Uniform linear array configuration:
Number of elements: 8
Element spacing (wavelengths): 0.75
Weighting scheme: hamming
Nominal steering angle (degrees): -15
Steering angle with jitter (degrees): -15.083
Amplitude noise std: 0.05
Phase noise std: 0.05

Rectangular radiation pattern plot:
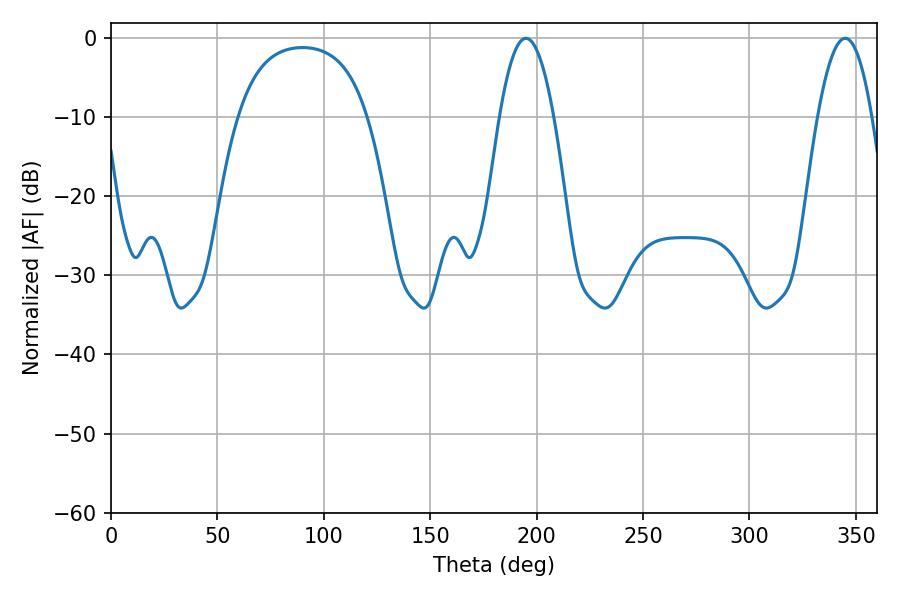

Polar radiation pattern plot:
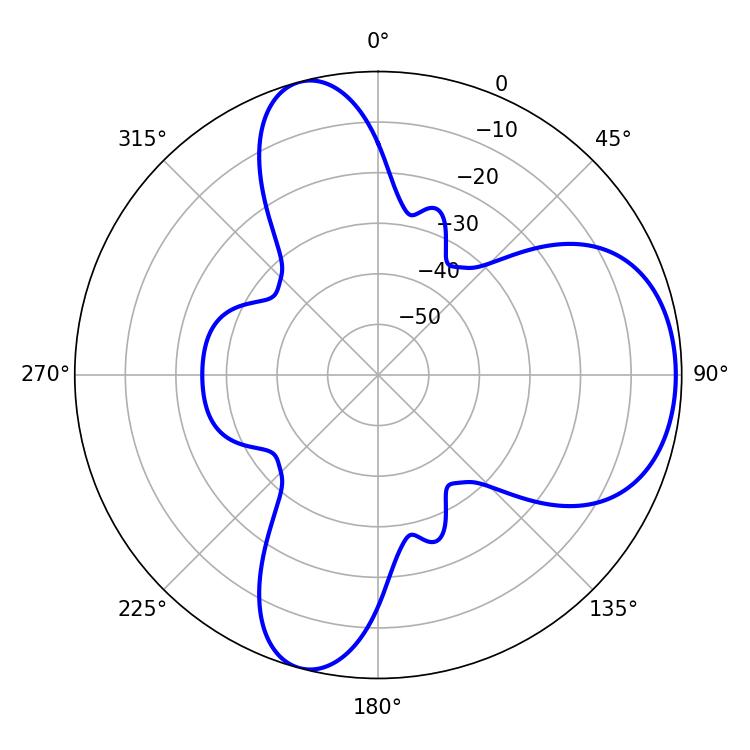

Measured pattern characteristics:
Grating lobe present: TRUE
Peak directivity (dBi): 7.049
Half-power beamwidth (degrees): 14.04
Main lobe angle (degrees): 194.94